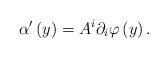
LaTeX: \begin{align*}\alpha ^{\prime }\left( y\right) =A^{i}\partial _{i}\varphi \left( y\right) .\end{align*}